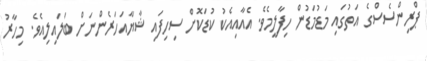
ޕްރިންސެސްގެ އަތުގައި މަޑުމަޑުން ހިފާލީމެވެ. އެއާއިއެކު ކުޑަކޮށް ސިހިފައި ޝާޔާއަހަރެންނަށް ބަލައިލިއެވެ. މިހާރު